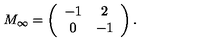
M _ { \infty } = \left( \begin{array} { c c } { - 1 } & { 2 } \\ { 0 } & { - 1 } \\ \end{array} \right) .